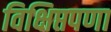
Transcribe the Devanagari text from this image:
विक्षिप्तपणा